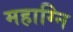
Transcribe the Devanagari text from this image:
महाग्नि